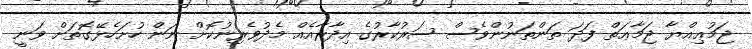
ޖަމުޢިއްޔާ ޖަމާޢަތް ފަދަ ތަންތަނުންވެސް ސަރުކާރުގެ އިދާރާއެއް މެދުވެރިނުކޮށް ނަން ހުށަހެޅޭގޮތަށް ވަނީ